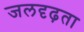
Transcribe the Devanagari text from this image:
जलदृढ़ता